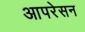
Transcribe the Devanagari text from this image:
आपरेसन